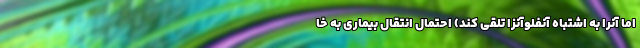
اما آنرا به اشتباه آنفلوآنزا تلقی کند) احتمال انتقال بیماری به خا